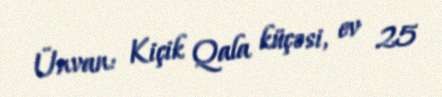
Ünvan: Kiçik Qala küçəsi, ev 25